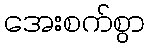
အေးစက်စွာ